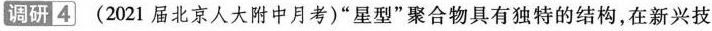
调研4 (2021届北京人大附中月考)”星型”聚合物具有独特的结构，在新兴技